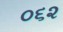
૦૬૨